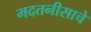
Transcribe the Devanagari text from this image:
मदतनीसाचे